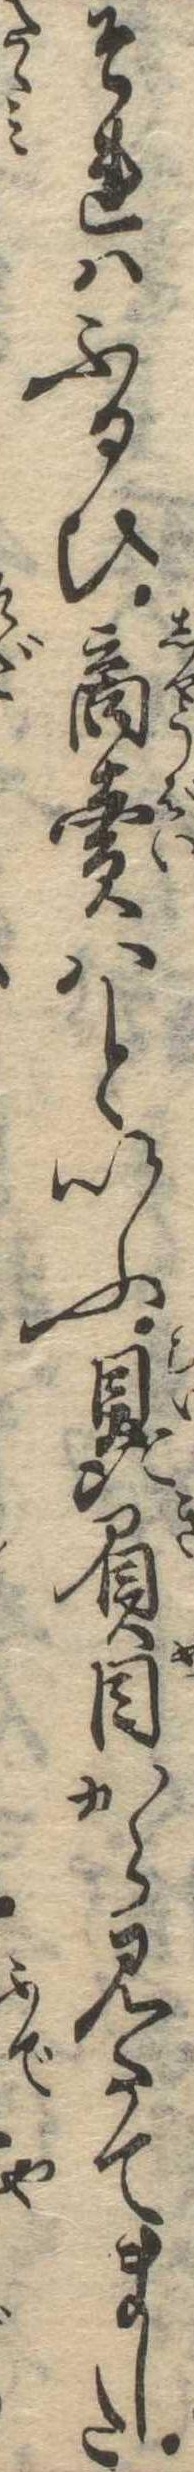
それはふるひ商売はといふ贔屓目から見たてました